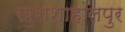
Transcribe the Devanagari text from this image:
खुशशाहालपुर